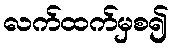
လက်ထက်မှစ၍